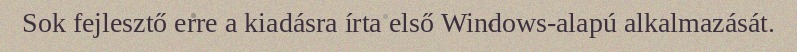
Sok fejlesztő erre a kiadásra írta első Windows-alapú alkalmazását.